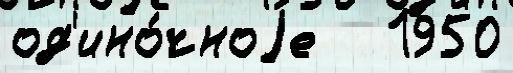
од'ино́чноjе   1950